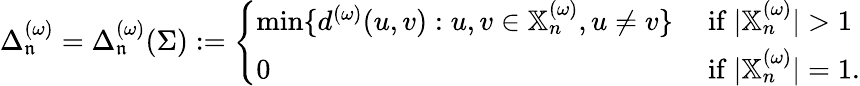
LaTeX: \Delta_{\mathfrak{n}}^{(\omega)}=\Delta_{\mathfrak{n}}^{(\omega)}(\Sigma):=\left\{ \begin{array}{ll}{\operatorname*{min}\{ d^{(\omega)}(u,v):u,v\in\mathbb{X}_{n}^{(\omega)},u\neq v\} }&{\mathrm{~if~}|\mathbb{X}_{n}^{(\omega)}|>1}\\ {0}&{\mathrm{~if~}|\mathbb{X}_{n}^{(\omega)}|=1.}\end{array}\right.